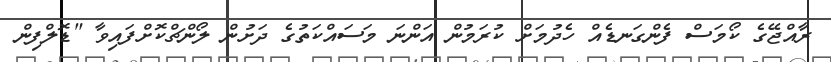
ރާއްޖޭގެ ކޯމަސް ފެންގަނޑެއް ހެދުމަށް ކުރަމުން އަންނަ މަސައްކަތުގެ ދަށުން ލޯންޗްކޮށްފައިވާ "ޑޮލްފިން